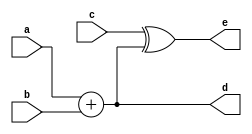
`timescale 1ns / 1ps
//////////////////////////////////////////////////////////////////////////////////
// Company: 
// Engineer: 
// 
// Design Name: 
// Module Name: add_xor
// Project Name: 
// Target Devices: 
// Tool Versions: 
// Description: 
// 
// Dependencies: 
// 
// Revision:
// Revision 0.01 - File Created
// Additional Comments:
// 
//////////////////////////////////////////////////////////////////////////////////


module add_xor(input wire [31:0] a,
               input wire [31:0] b,
               input wire [31:0] c,
               output wire [31:0] d,
               output wire [31:0] e
    );

    //Intermediate Registers
    reg [31:0] p;
    reg [31:0] q;

    //Concurrent assignment of ports
    assign d = p;
    assign e = q;
    initial
        begin
            p = a + b;  //32 bit addition
            q = c ^ p;  //32 bit XOR         
        end
endmodule